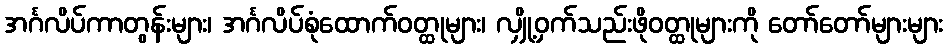
အင်္ဂလိပ်ကာတွန်းများ၊ အင်္ဂလိပ်စုံထောက်ဝတ္ထုများ၊ လျှို့ဝှက်သည်းဖိုဝတ္ထုများကို တော်တော်များများ